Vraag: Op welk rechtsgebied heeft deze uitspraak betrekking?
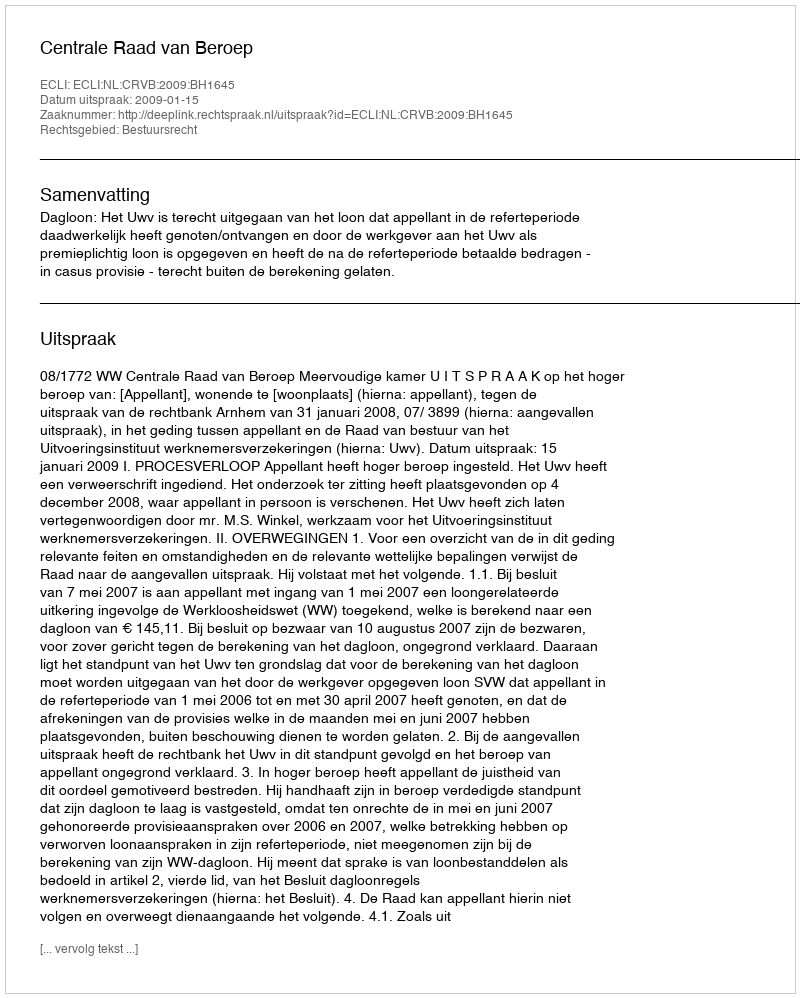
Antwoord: Bestuursrecht